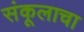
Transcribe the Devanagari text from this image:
संकूलाचा